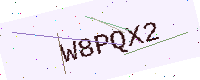
Text: W8PQX2